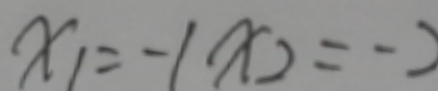
x _ { 1 } = - 1 x _ { 2 } = - 2